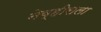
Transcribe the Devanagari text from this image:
नेव्हीसला